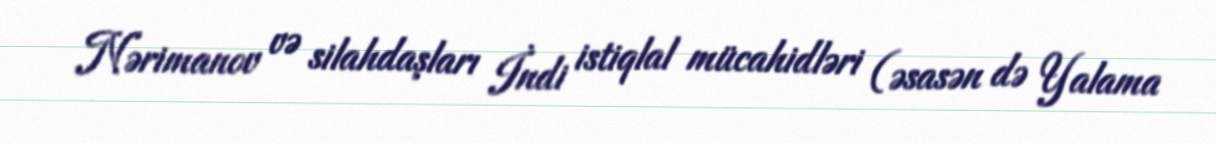
Nərimanov və silahdaşları İndi istiqlal mücahidləri (əsasən də Yalama